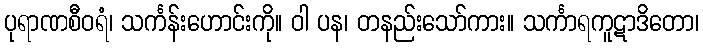
ပုရာဏစီဝရံ၊ သင်္ကန်းဟောင်းကို။ ဝါ ပန၊ တနည်းသော်ကား။ သင်္ကာရကူဋာဒိတော၊